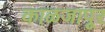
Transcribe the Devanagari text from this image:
काळजापूर